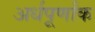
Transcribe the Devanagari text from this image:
अर्धपूर्णांक